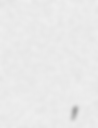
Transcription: прямой демократии,